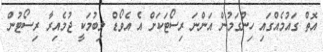
އޮތް ގައުމެއްގައި ހިންގަމުން އަންނަ ރިސޯޓަކަށް އެ އެވޯޑް ލިބުމަކީ ޖުމެއިރާ ރިސޯޓުން